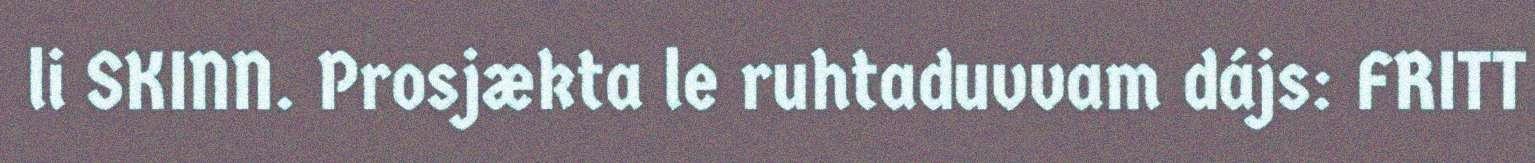
li SKINN. Prosjækta le ruhtaduvvam dájs: FRITT